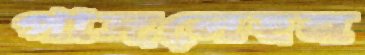
পাদলেহন